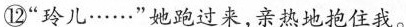
⑫“玲儿……”她跑过来,亲热地抱住我。”